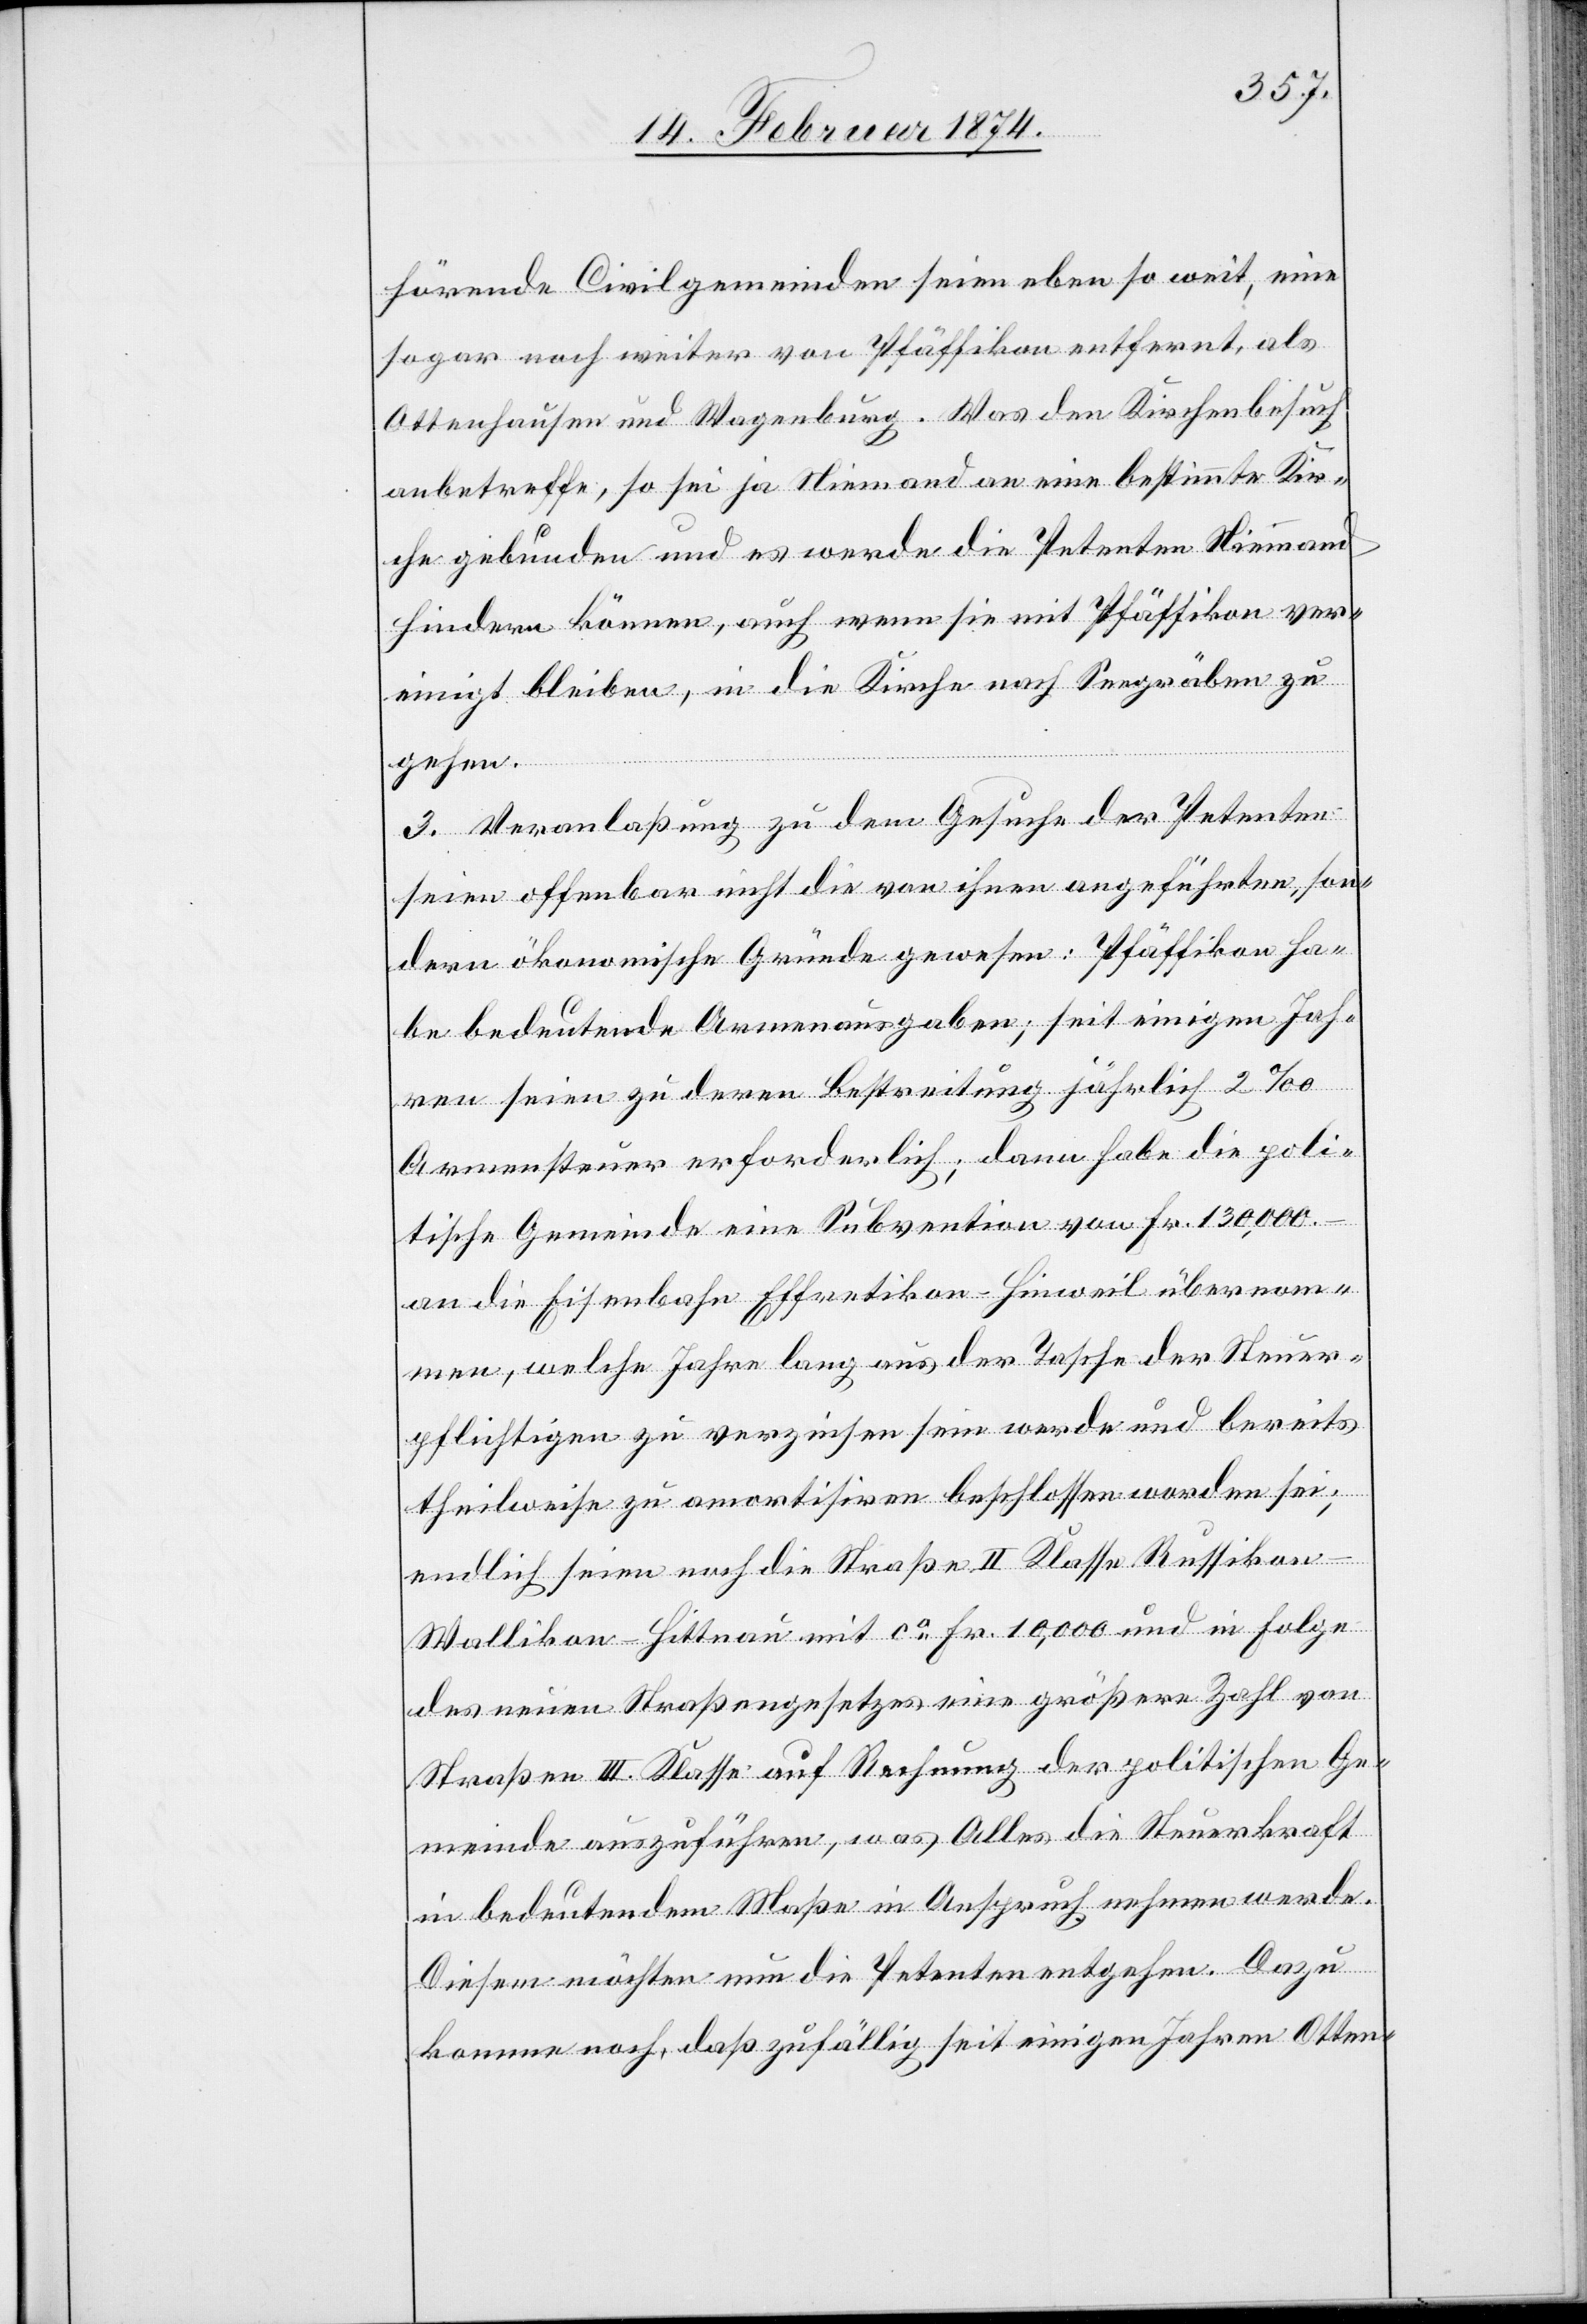
hörende Civilgemeinden seien eben so weit, eine
sogar noch weiter von Pfäffikon entfernt, als
Ottenhausen und Wagenburg. Was den Kirchenbesuch
anbetreffe, so sei ja Niemand an eine bestimmte Kir¬
che gebunden und es werde die Petenten Niemand
hindern können, auch wenn sie mit Pfäffikon ver¬
einigt bleiben, in die Kirche nach Seegräben zu
gehen.
3. Veranlaßung zu dem Gesuche der Petenten
seien offenbar nicht die von ihnen angeführten, son¬
dern ökonomische Gründe gewesen: Pfäffikon ha¬
be bedeutende Armenausgaben; seit einigen Jah¬
ren seien zu deren Bestreitung jährlich 2‰
Armensteuer erforderlich; dann habe die poli¬
tische Gemeinde eine Subvention von Fr. 130,000.–
an die Eisenbahn Effretikon-Hinweil übernom¬
men, welche Jahre lang aus der Tasche der Steuer¬
pflichtigen zu verzinsen sein werde und bereits
theilweise zu amortisiren beschlossen worden sei;
endlich seien noch die Straße II Klasse Russikon-W¬
allikon-Hittnau mit ca Fr. 10,000 und in Folge
des neuen Straßengesetzes eine größere Zahl von
Straßen III. Klasse auf Rechnung der politischen Ge¬
meinde auszuführen, was Alles die Steuerkraft
in bedeutendem Maße in Anspruch nehmen werde.
Diesem möchten nun die Petenten entgehen. Dazu
komme noch, daß zufällig seit einigen Jahren Otten-